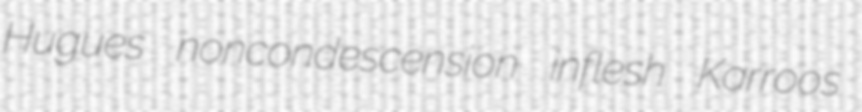
Hugues noncondescension inflesh Karroos